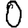
Digit: 0